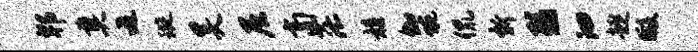
郫奠遁璇昊尼商茫髓伽蜿侃新弱汩趣暇